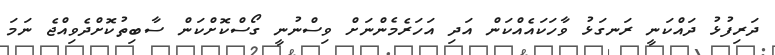
ދަރިފުޅު ދައްކަނީ ރަނގަޅު ވާހަކައެއްކަން އަދި އަހަރެމެންނަށް ވިސްނުނީ ގޯސްކޮށްކަން ސާބިތުކޮށްދެވިއްޖެ ނަމަ